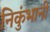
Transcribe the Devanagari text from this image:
निकुंभानी